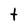
Character: t